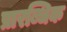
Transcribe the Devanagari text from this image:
प्रारब्धिक